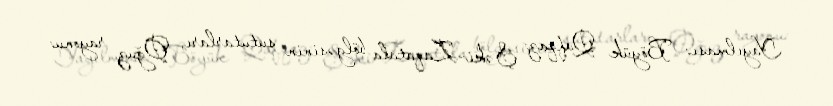
Yayılması: Böyük Qafqaz: Şəki-Zaqatala bölgəsinin sututarları, Oğuz rayonu: